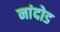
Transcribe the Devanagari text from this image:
नांदोड